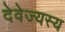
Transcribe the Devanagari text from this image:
देवेज्यस्य